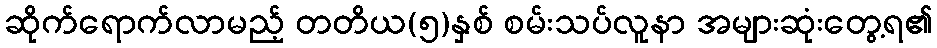
ဆိုက်ရောက်လာမည့် တတိယ(၅)နှစ် စမ်းသပ်လူနာ အများဆုံးတွေ့ရ၏